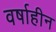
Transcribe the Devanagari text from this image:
वर्षाहीन